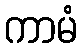
ကာမံ